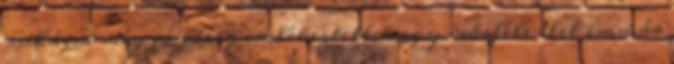
ruháim még jó ideig emlékeztettek egy másféle élet immár